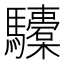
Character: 𩧐